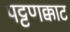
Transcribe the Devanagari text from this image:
पट्टणक्काट